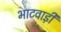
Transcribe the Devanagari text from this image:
भाटवाड़ी